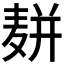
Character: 𱋔